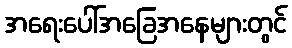
အရေးပေါ်အခြေအနေများတွင်